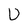
Character: U